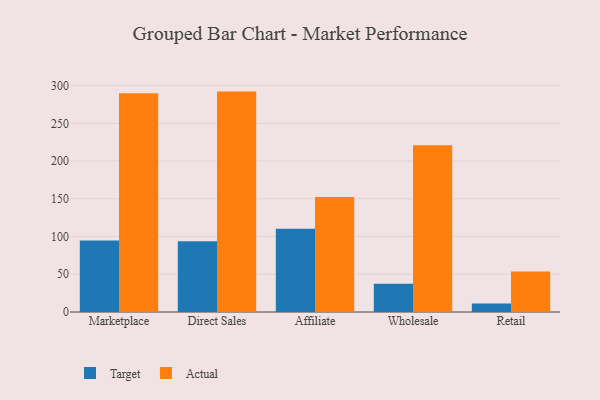
{"axis": {"x": "Channel", "y": "Bounce Rate (%)"}, "legend": ["Actual", "Target"], "data": [{"x": "Marketplace", "y": 94.6, "type": "Target"}, {"x": "Marketplace", "y": 289.8, "type": "Actual"}, {"x": "Direct Sales", "y": 93.7, "type": "Target"}, {"x": "Direct Sales", "y": 292.0, "type": "Actual"}, {"x": "Affiliate", "y": 110.4, "type": "Target"}, {"x": "Affiliate", "y": 152.3, "type": "Actual"}, {"x": "Wholesale", "y": 37.4, "type": "Target"}, {"x": "Wholesale", "y": 221.0, "type": "Actual"}, {"x": "Retail", "y": 11.3, "type": "Target"}, {"x": "Retail", "y": 53.5, "type": "Actual"}]}